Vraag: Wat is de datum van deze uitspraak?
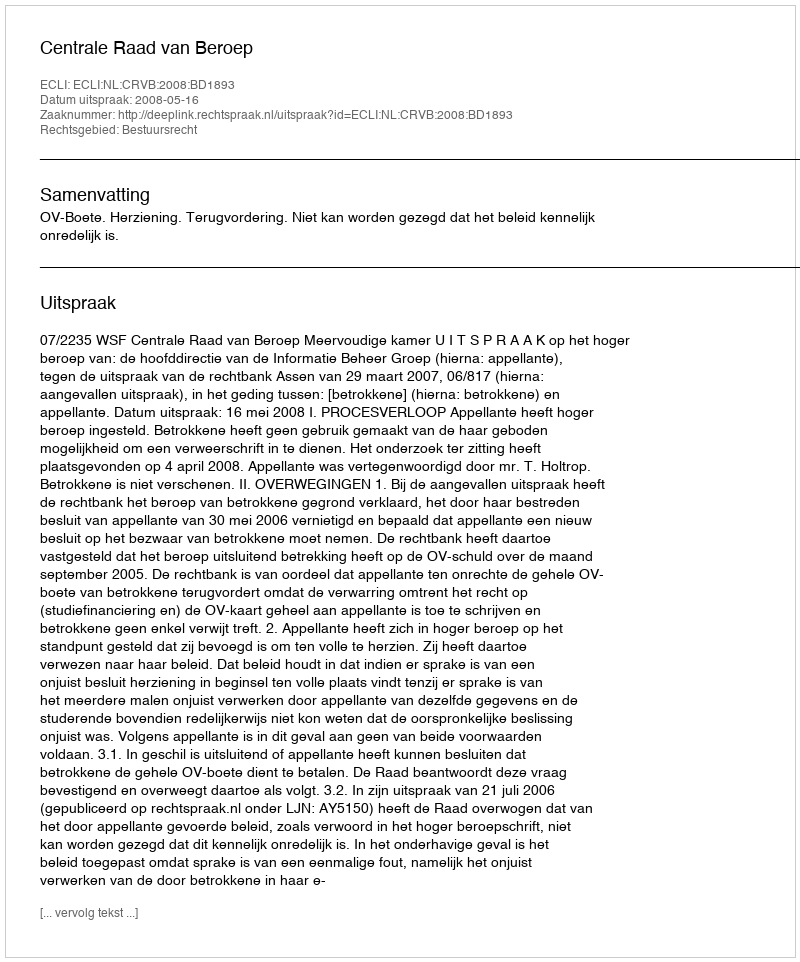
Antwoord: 2008-05-16